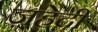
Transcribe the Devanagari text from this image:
ज़हेदी